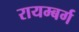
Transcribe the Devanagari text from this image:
रायम्बर्ग